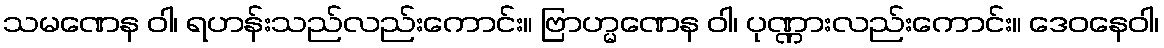
သမဏေန ဝါ၊ ရဟန်းသည်လည်းကောင်း။ ဗြာဟ္မဏေန ဝါ၊ ပုဏ္ဏားလည်းကောင်း။ ဒေဝနေဝါ၊